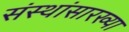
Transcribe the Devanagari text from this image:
संस्थांसारख्या